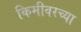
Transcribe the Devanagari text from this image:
किमीवरच्या